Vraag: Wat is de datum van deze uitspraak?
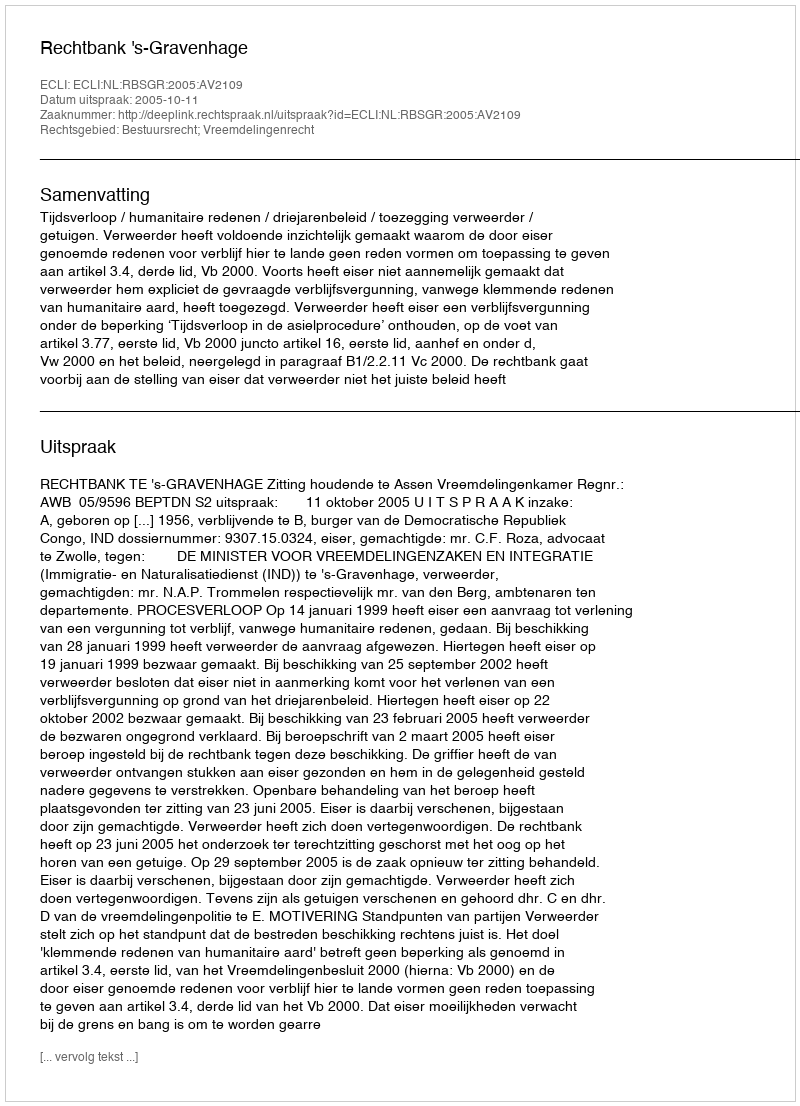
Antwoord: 2005-10-11